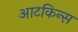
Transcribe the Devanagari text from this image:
आटकिन्स